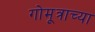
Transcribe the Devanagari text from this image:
गोमूत्राच्या